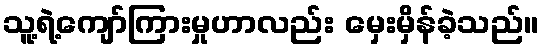
သူ့ရဲ့ကျော်ကြားမှုဟာလည်း မှေးမှိန်ခဲ့သည်။